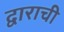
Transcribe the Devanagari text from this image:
द्वाराची